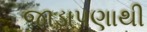
જાડાપણાથી